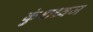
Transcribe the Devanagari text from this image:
कुंशध्वज